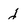
Character: j